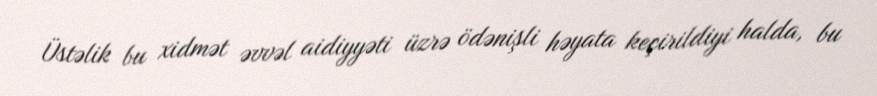
Üstəlik bu xidmət əvvəl aidiyyəti üzrə ödənişli həyata keçirildiyi halda, bu